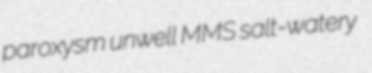
paroxysm unwell MMS salt-watery